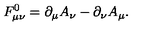
F _ { \mu \nu } ^ { 0 } = \partial _ { \mu } A _ { \nu } - \partial _ { \nu } A _ { \mu } .